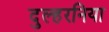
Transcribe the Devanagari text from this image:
दुल्हरनिया